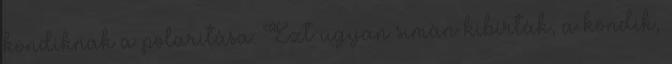
kondiknak a polaritása. Ezt ugyan simán kibírták, a kondik,